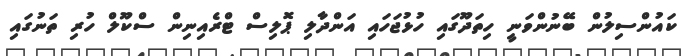
ކައުންސިލުން ބޭނުންވަނީ ހިތަދޫގައި ހުޅުޖަހައި އަންދާލި ޕޮލިސް ޓްރެއިނިން ސްކޫލް ހުރި ތަނުގައި